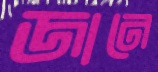
জানে